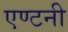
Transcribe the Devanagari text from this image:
एण्टनी